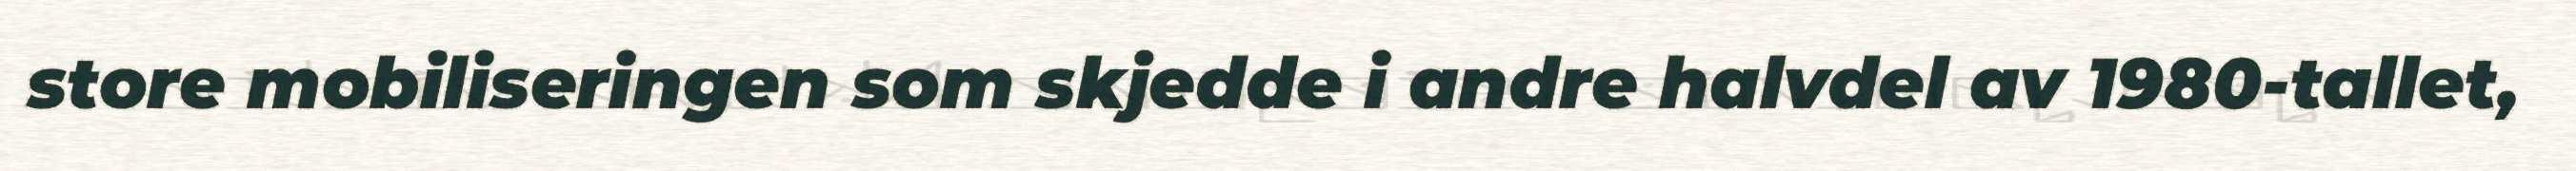
store mobiliseringen som skjedde i andre halvdel av 1980-tallet,